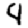
Digit: 4